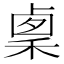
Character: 𥟫